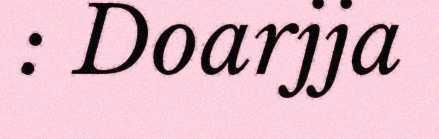
: Doarjja